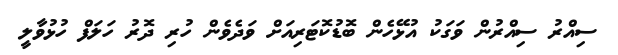
ސިއްރު ސިއްރުން ވަގަކު އުޅޭހެން ބޮޑުކޮޓަރިއަށް ވަދެވެން ހުރި ދޮރު ހަލަފް ހުޅުވާލީ